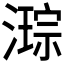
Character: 𭲙